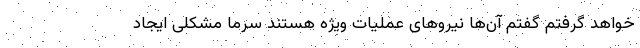
خواهد گرفتم گفتم آن‌ها نیرو‌های عملیات ویژه هستند سرما مشکلی ایجاد